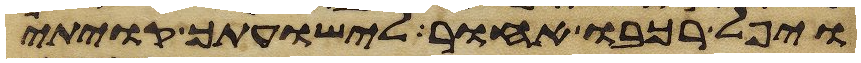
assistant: ויפל רכבו אחור לישועתך קויתי